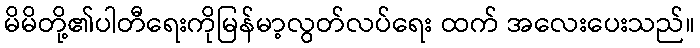
မိမိတို့၏ပါတီရေးကိုမြန်မာ့လွတ်လပ်ရေး ထက် အလေးပေးသည်။